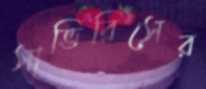
সাভিরিসের